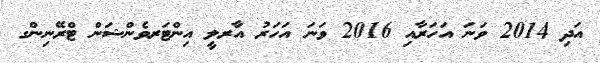
އަދި 2014 ވަނަ އަހަރާއި 2016 ވަނަ އަހަރު އާރލީ އިންޓަރވެންޝަން ޓްރޭނިންގ